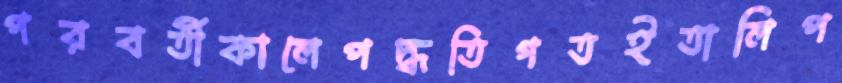
পরবর্তীকালেপদ্ধতিগতইতালিপ